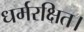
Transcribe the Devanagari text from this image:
धर्मरक्षित।